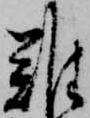
難